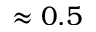
\approx 0 . 5